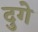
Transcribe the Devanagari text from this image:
दुगे